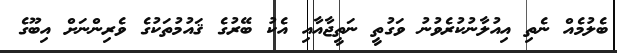
ބެލުމެއް ނެތި އިއުލާނުކުރެވުނު ވަގުތީ ނަތީޖާއާއި އެކު ބޭރުގެ ޤައުމުތަކުގެ ވެރިންނަށް އިބޫގެ